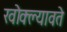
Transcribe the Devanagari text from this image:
खोक्ल्यावते